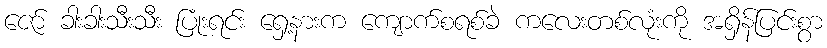
ဇော် ခါးခါးသီးသီး ပြုံးရင်း ရှေ့နားက ကျောက်စရစ်ခဲ ကလေးတစ်လုံးကို အရှိန်ပြင်းစွာ